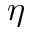
\eta